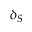
\delta _ { S }